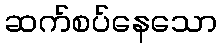
ဆက်စပ်နေသော